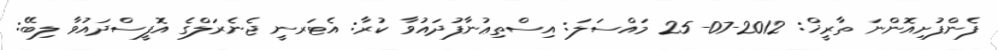
ފެންފުށިއޮންނަ ތާރީޚް: 2012-07-25 މައްސަލަ: އިސްތިޢުނާފުދައުވާ ކުރާ: އެޓަރނީ ޖެނެރަލްގެ އޮފީސްދައުވާ ލިބޭ: